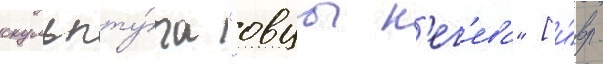
скульпту́ра "овцы н'ег'ева" [и́вр.